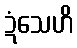
ဍံသေဟိ